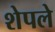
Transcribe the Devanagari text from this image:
शेपले